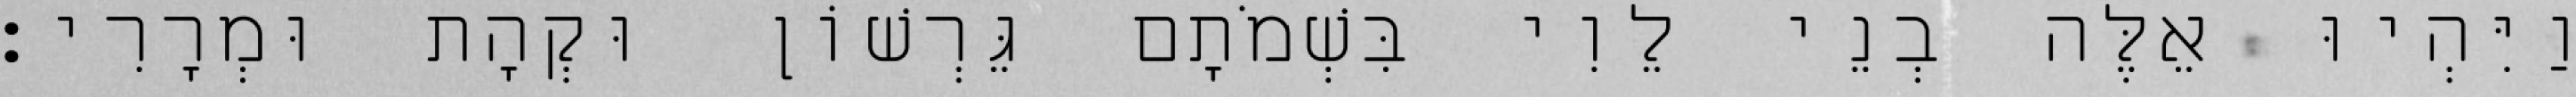
וַיִּהְיוּ אֵלֶּה בְנֵי לֵוִי בִּשְׁמֹתָם גֵּרְשׁוֹן וּקְהָת וּמְרָרִי׃